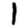
Digit: 1